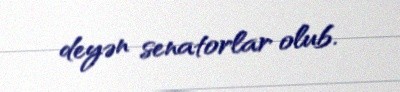
deyən senatorlar olub.